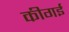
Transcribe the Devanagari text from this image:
कीगई